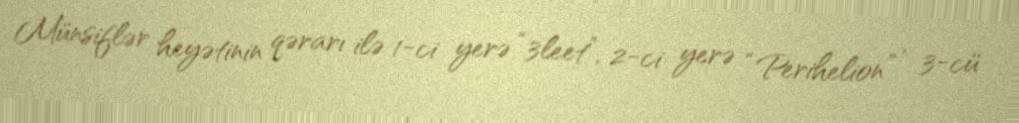
Münsiflər heyətinin qərarı ilə 1-ci yerə “3leet”, 2-ci yerə “Perihelion” , 3-cü